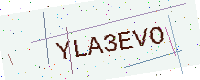
Text: YLA3EVO